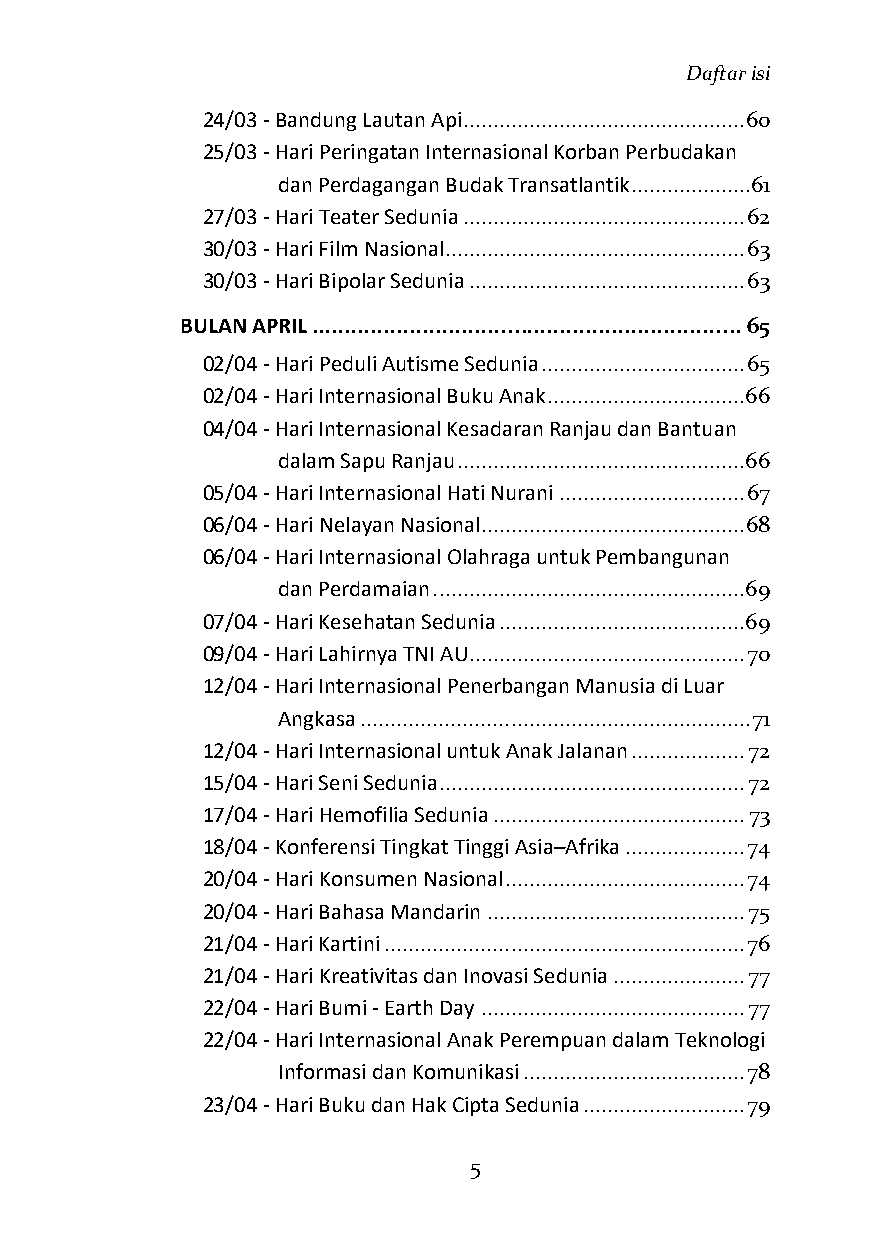
Daftar isi
 24/03 - Bandung Lautan Api............................................... 60
 25/03 - Hari Peringatan Internasional Korban Perbudakan
 dan Perdagangan Budak Transatlantik ....................61
 27/03 - Hari Teater Sedunia ............................................... 62
 30/03 - Hari Film Nasional .................................................. 63
 30/03 - Hari Bipolar Sedunia .............................................. 63
 BULAN APRIL .................................................................. 65
 02/04 - Hari Peduli Autisme Sedunia .................................. 65
 02/04 - Hari Internasional Buku Anak ................................. 66
 04/04 - Hari Internasional Kesadaran Ranjau dan Bantuan
 dalam Sapu Ranjau ................................................ 66
 05/04 - Hari Internasional Hati Nurani ............................... 67
 06/04 - Hari Nelayan Nasional............................................ 68
 06/04 - Hari Internasional Olahraga untuk Pembangunan
 dan Perdamaian .................................................... 69
 07/04 - Hari Kesehatan Sedunia ......................................... 69
 09/04 - Hari Lahirnya TNI AU.............................................. 70
 12/04 - Hari Internasional Penerbangan Manusia di Luar
 Angkasa ................................................................. 71
 12/04 - Hari Internasional untuk Anak Jalanan ................... 72
 15/04 - Hari Seni Sedunia ................................................... 72
 17/04 - Hari Hemofilia Sedunia .......................................... 73
 18/04 - Konferensi Tingkat Tinggi Asia–Afrika .................... 74
 20/04 - Hari Konsumen Nasional ........................................ 74
 20/04 - Hari Bahasa Mandarin ........................................... 75
 21/04 - Hari Kartini ............................................................ 76
 21/04 - Hari Kreativitas dan Inovasi Sedunia ...................... 77
 22/04 - Hari Bumi - Earth Day ............................................ 77
 22/04 - Hari Internasional Anak Perempuan dalam Teknologi
 Informasi dan Komunikasi ..................................... 78
 23/04 - Hari Buku dan Hak Cipta Sedunia ........................... 79
 5